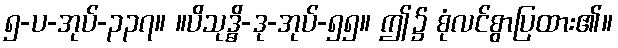
၅-ပ-အုပ်-၃၃၇။ ။ပိသုဒ္ဓိ-ဒု-အုပ်-၅၅။ ဤ၌ စုံလင်စွာပြထား၏။